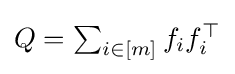
{\textstyle Q=\sum _{i\in [m]}f_{i}f_{i}^{\top }}